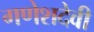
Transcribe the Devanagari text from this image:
गणेशदेवी